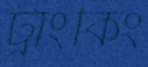
ট্রাংকিং